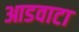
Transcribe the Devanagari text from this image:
आडवाटा